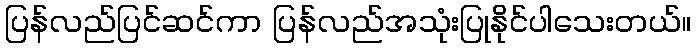
ပြန်လည်ပြင်ဆင်ကာ ပြန်လည်အသုံးပြုနိုင်ပါသေးတယ်။